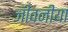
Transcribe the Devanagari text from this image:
जीवनीया